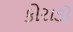
કોરાડો